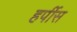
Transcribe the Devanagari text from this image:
हर्पीस